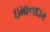
ઇમાનદાર